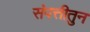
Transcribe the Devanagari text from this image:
संपत्तीतुन